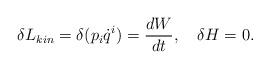
LaTeX: \begin{align*}\delta L_{kin} = \delta(p_i \dot{q}^i) = \frac{dW}{dt},\ \ \ \delta H = 0.\end{align*}